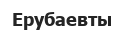
Ерубаевты